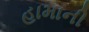
હામાની